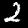
Label: 2